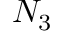
N _ { 3 }